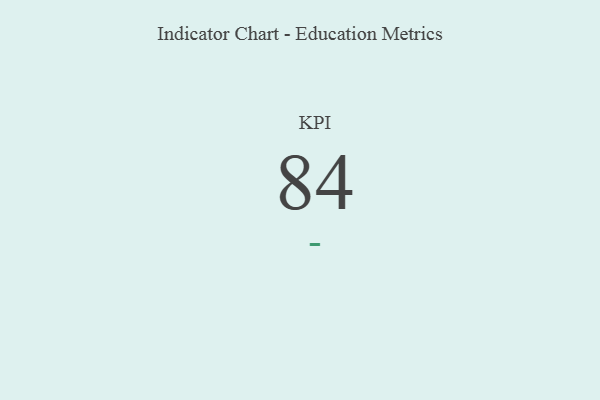
{"axis": {"x": "KPI", "y": "Value"}, "legend": [""], "data": [{"x": "KPI", "y": 84, "type": ""}]}